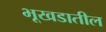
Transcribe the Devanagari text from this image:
भूखडातील